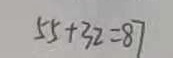
5 5 + 3 2 = 8 7